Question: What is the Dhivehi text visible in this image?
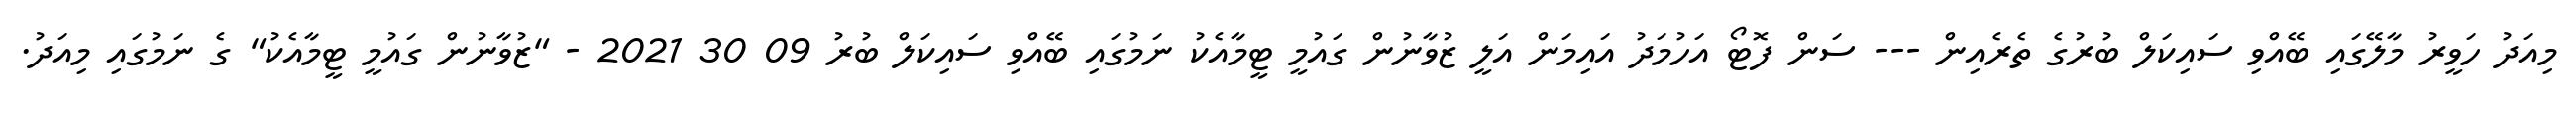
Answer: މިއަދު ހަވީރު މާލޭގައި ބޭއްވި ސައިކަލް ބުރުގެ ތެރެއިން --- ސަން ފޮޓޯ އަހުމަދު އައިމަން އަލީ ޒުވާނުން ގައުމީ ޓީމާއެކު ނަމުގައި ބޭއްވި ސައިކަލް ބުރު 09 30 2021 - "ޒުވާނުން ގައުމީ ޓީމާއެކު" ގެ ނަމުގައި މިއަދު.